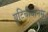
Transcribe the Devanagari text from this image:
युटिचीयानस